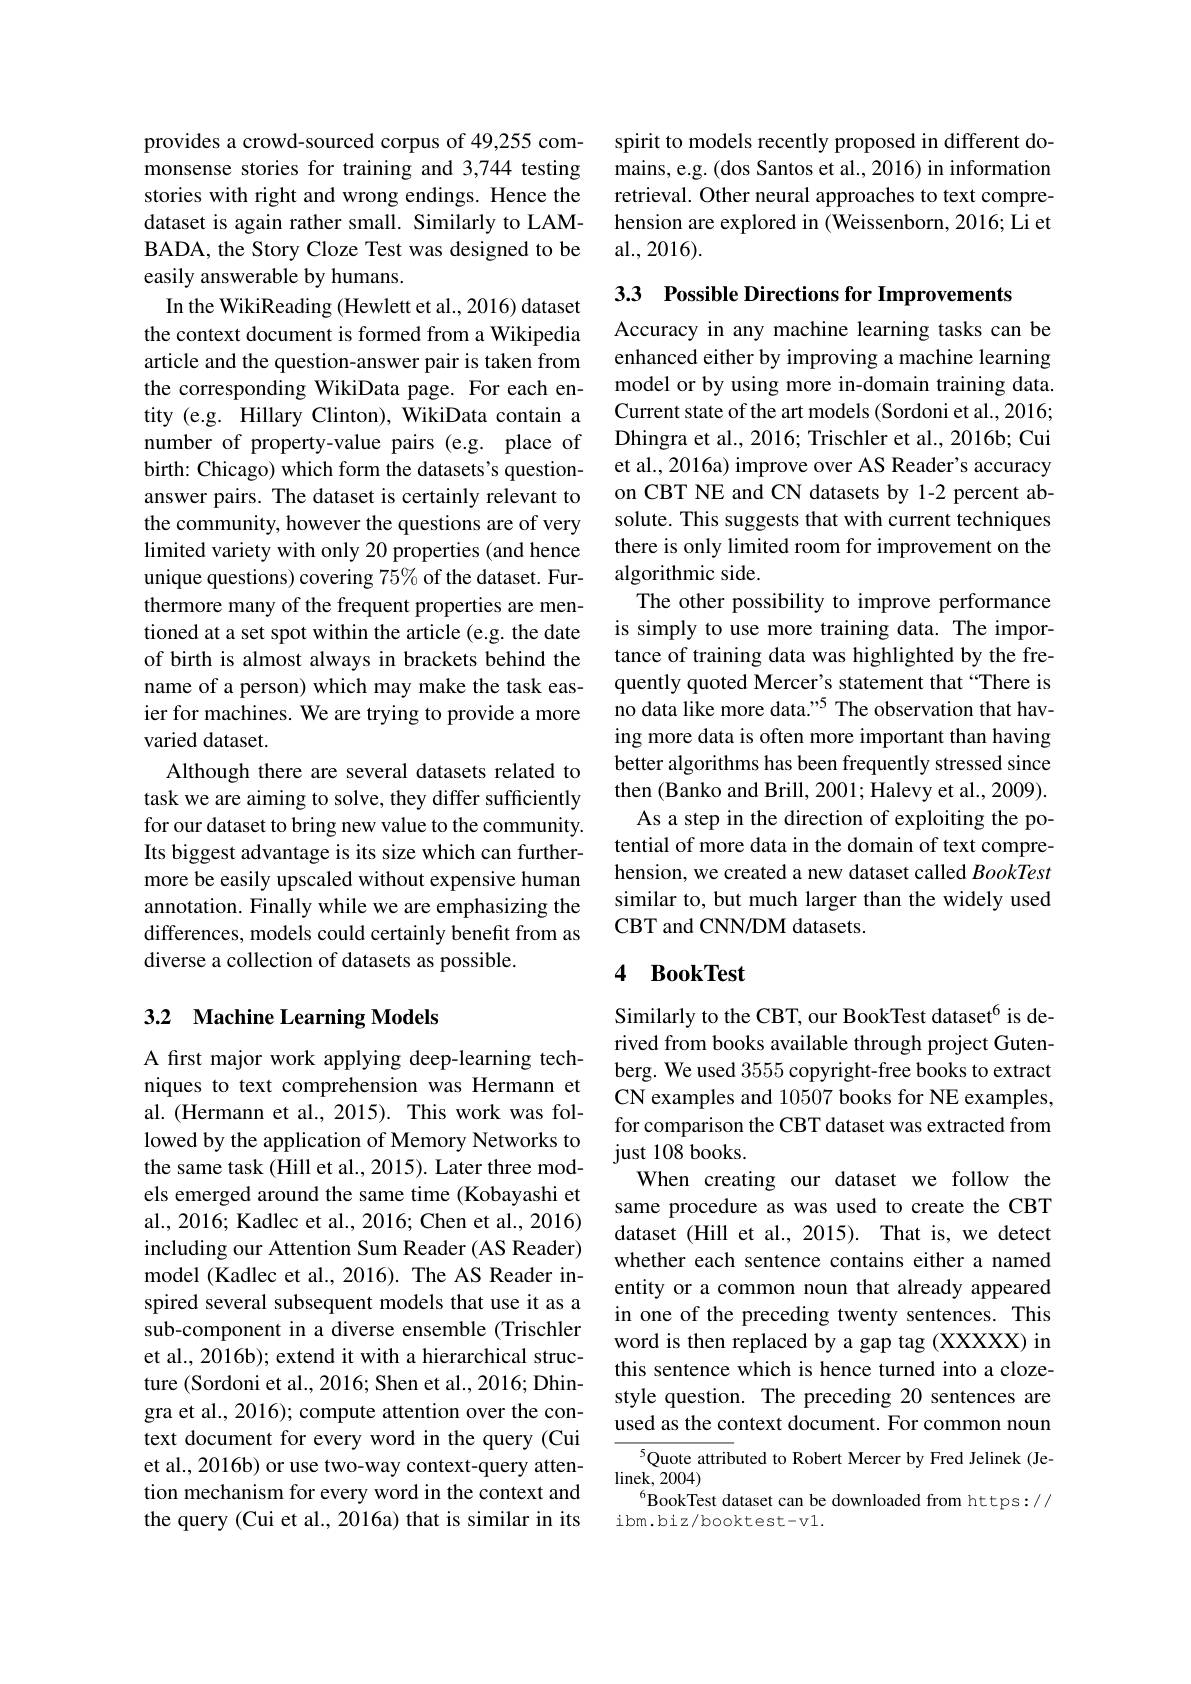
provides a crowd-sourced corpus of 49,255 commonsense stories for training and 3,744 testing stories with right and wrong endings. Hence the dataset is again rather small. Similarly to LAMBADA, the Story Cloze Test was designed to be easily answerable by humans.
In the WikiReading (Hewlett et al., 2016) dataset the context document is formed from a Wikipedia article and the question-answer pair is taken from the corresponding WikiData page. For each entity (e.g. Hillary Clinton), WikiData contain a number of property-value pairs (e.g. place of birth: Chicago) which form the datasets's questionanswer pairs. The dataset is certainly relevant to the community, however the questions are of very limited variety with only 20 properties (and hence unique questions) covering 75% of the dataset. Furthermore many of the frequent properties are mentioned at a set spot within the article (e.g. the date of birth is almost always in brackets behind the name of a person) which may make the task easier for machines. We are trying to provide a more varied dataset.
Although there are several datasets related to task we are aiming to solve, they differ sufficiently for our dataset to bring new value to the community. Its biggest advantage is its size which can furthermore be easily upscaled without expensive human annotation. Finally while we are emphasizing the differences, models could certainly benefit from as diverse a collection of datasets as possible.

## 3.2 Machine Learning Models

A first major work applying deep-learning techniques to text comprehension was Hermann et al. (Hermann et al., 2015). This work was followed by the application of Memory Networks to the same task (Hill et al., 2015). Later three models emerged around the same time (Kobayashi et al., 2016; Kadlec et al., 2016; Chen et al., 2016) including our Attention Sum Reader (AS Reader) model (Kadlec et al., 2016). The AS Reader inspired several subsequent models that use it as a sub-component in a diverse ensemble (Trischler et al., 2016b); extend it with a hierarchical structure (Sordoni et al., 2016; Shen et al., 2016; Dhingra et al., 2016); compute attention over the context document for every word in the query (Cui et al., 2016b) or use two-way context-query attention mechanism for every word in the context and the query (Cui et al., 2016a) that is similar in its

spirit to models recently proposed in different domains, e.g. (dos Santos et al., 2016) in information retrieval. Other neural approaches to text comprehension are explored in (Weissenborn, 2016; Li et al. , 2016) .

3.3 Possible Directions for Improvements
Accuracy in any machine learning tasks can be enhanced either by improving a machine learning model or by using more in-domain training data. Current state of the art models (Sordoni et al., 2016; Dhingra et al., 2016; Trischler et al., 2016b; Cui et al., 2016a) improve over AS Reader's accuracy on CBT NE and CN datasets by 1-2 percent absolute. This suggests that with current techniques there is only limited room for improvement on the algorithmic side.
The other possibility to improve performance is simply to use more training data. The importance of training data was highlighted by the frequently quoted Mercer's statement that “There is no data like more data."5 The observation that having more data is often more important than having better algorithms has been frequently stressed since then (Banko and Brill, 2001; Halevy et al., 2009). As a step in the direction of exploiting the potential of more data in the domain of text comprehension, we created a new dataset called BookTest similar to, but much larger than the widely used CBT and CNN/DM datasets.

## 4 BookTest

Similarly to the CBT, our BookTest dataset$^{6}$ is derived from books available through project Gutenberg. We used 3555 copyright-free books to extract CN examples and 10507 books for NE examples, for comparison the CBT dataset was extracted from just 108 books.
When creating our dataset we follow the same procedure as was used to create the CBT dataset (Hill et al., 2015). That is, we detect whether each sentence contains either a named entity or a common noun that already appeared in one of the preceding twenty sentences. This word is then replaced by a gap tag (XXXXX) in this sentence which is hence turned into a clozestyle question. The preceding 20 sentences are used as the context document. For common noun
$^{5}$Quote attributed to Robert Mercer by Fred Jelinek (Je-

linek,  2004
$^{6}$BookTest dataset can be downloaded from https://
ibm.biz/booktest-v1.